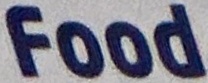
Food